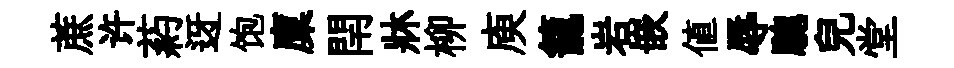
蔗许葯迓饱廩閈牀柳庾籠岩嵌値辱驄兒堂